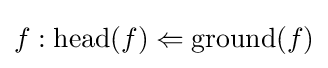
f:\mathrm {head} (f)\Leftarrow \mathrm {ground} (f)